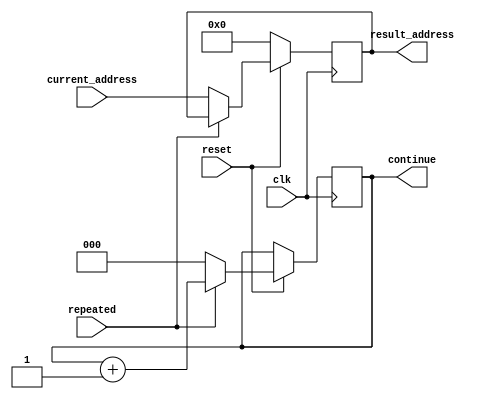
module PC(current_address, result_address, reset, clk, repeated, continue);

input 	[15:0] current_address;
input	reset, clk, repeated;

output reg [2:0] continue;
output reg	[15:0] result_address;

always@(negedge clk)
begin
 	if(!reset)
  begin
    result_address <= 16'h0000;
  end   
  else if(repeated)
  begin
    //Keep previous address because we need to stall
    //We are stalling for the load intstruction which is needed for the next instruction
    continue<= continue+1;
  end  
  else  
  begin
    continue<=0;
    result_address <= current_address;
  end

end

endmodule